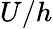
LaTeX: U/h